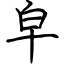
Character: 皁